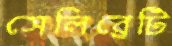
সেলিব্রেটি